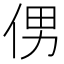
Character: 侽